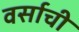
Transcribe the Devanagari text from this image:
वर्साची